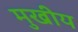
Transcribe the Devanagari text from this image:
मुखीय